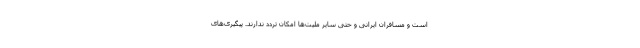
است و مسافران ایرانی و حتی سایر ملیت‌ها امکان تردد ندارند. پیگیری‌های